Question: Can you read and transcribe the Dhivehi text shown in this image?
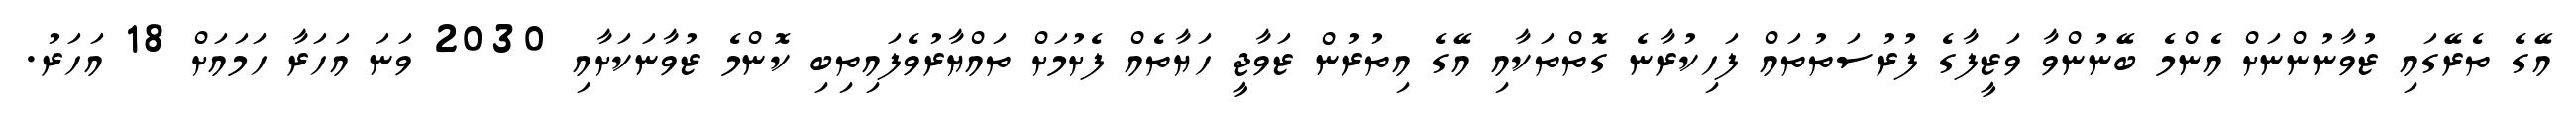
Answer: އޭގެ ތެރޭގައި ޒުވާނުންނަށް އެންމެ ބޭނުންވާ ވަޒީފާގެ ފުރުސަތުތައް ފަހިކުރާނެ ގޮތްތަކާއި އޭގެ އިތުރުން ޒަވާޖީ ހަޔާތެއް ފެށުމަށް ތައްޔާރުވެފައިތިބި ކޮންމެ ޒުވާނަކަށާއި 2030 ވަނަ އަހަރާ ހަމައަށް 18 އަހަރު.